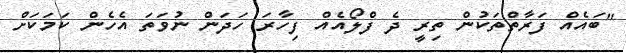
"ބައެއް ފަރާތްތަކުން ތިރީ ދެ ފްލޯއެއް ފިހާރަ ހަދަން ނުވަތަ އެހެން ކަމަކަށް